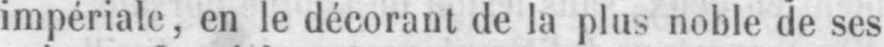
impériale, en le décorant de la plus noble de ses